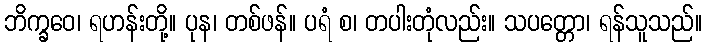
ဘိက္ခဝေ၊ ရဟန်းတို့။ ပုန၊ တစ်ဖန်။ ပရံ စ၊ တပါးတုံလည်း။ သပတ္တော၊ ရန်သူသည်။